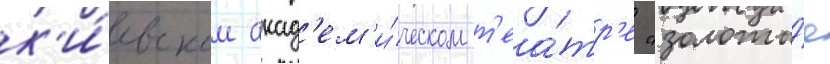
к'и́евском акад'ем'и́ческом т'еа́тр'е "золоты́е